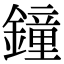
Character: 鐘